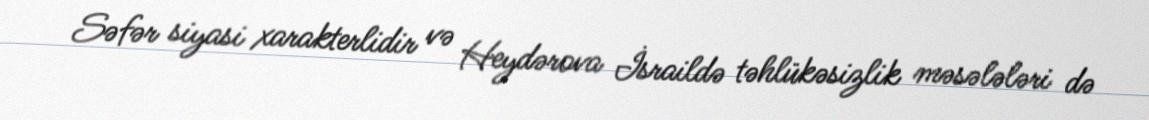
Səfər siyasi xarakterlidir və Heydərova İsraildə təhlükəsizlik məsələləri də